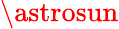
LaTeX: \astrosun